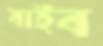
বাইব